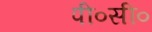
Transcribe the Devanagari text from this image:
पी०सी०